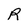
Character: R